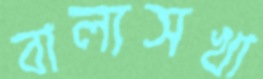
বাল্যসখা